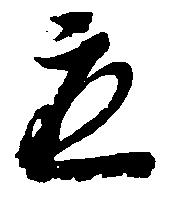
応